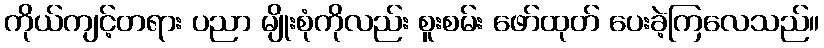
ကိုယ်ကျင့်တရား ပညာ မျိုးစုံကိုလည်း စူးစမ်း ဖော်ထုတ် ပေးခဲ့ကြလေသည်။